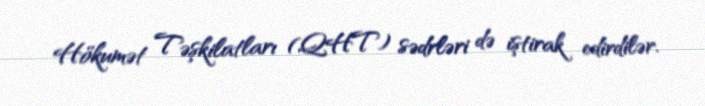
Hökumət Təşkilatları (QHT) sədrləri də iştirak edirdilər.